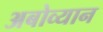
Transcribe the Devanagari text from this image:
अबोव्यान